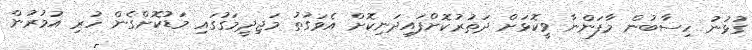
ގުޅުނު ހިސާބުން މާފަންނާ ވީކޮޅަށް ދަތުރުކޮށްފައިދަނިކޮށް އެވަގުތު މަޖިދީމަގުގައި މަޑުކޮށްގެން ހުރި އުމުރުން